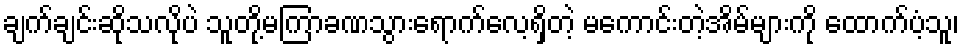
ချက်ချင်းဆိုသလိုပဲ သူတို့မကြာခဏသွားရောက်လေ့ရှိတဲ့ မကောင်းတဲ့အိမ်များကို ထောက်ပံ့သူ၊